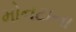
મોનટાના